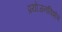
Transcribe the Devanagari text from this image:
प्रयोजनविशेष